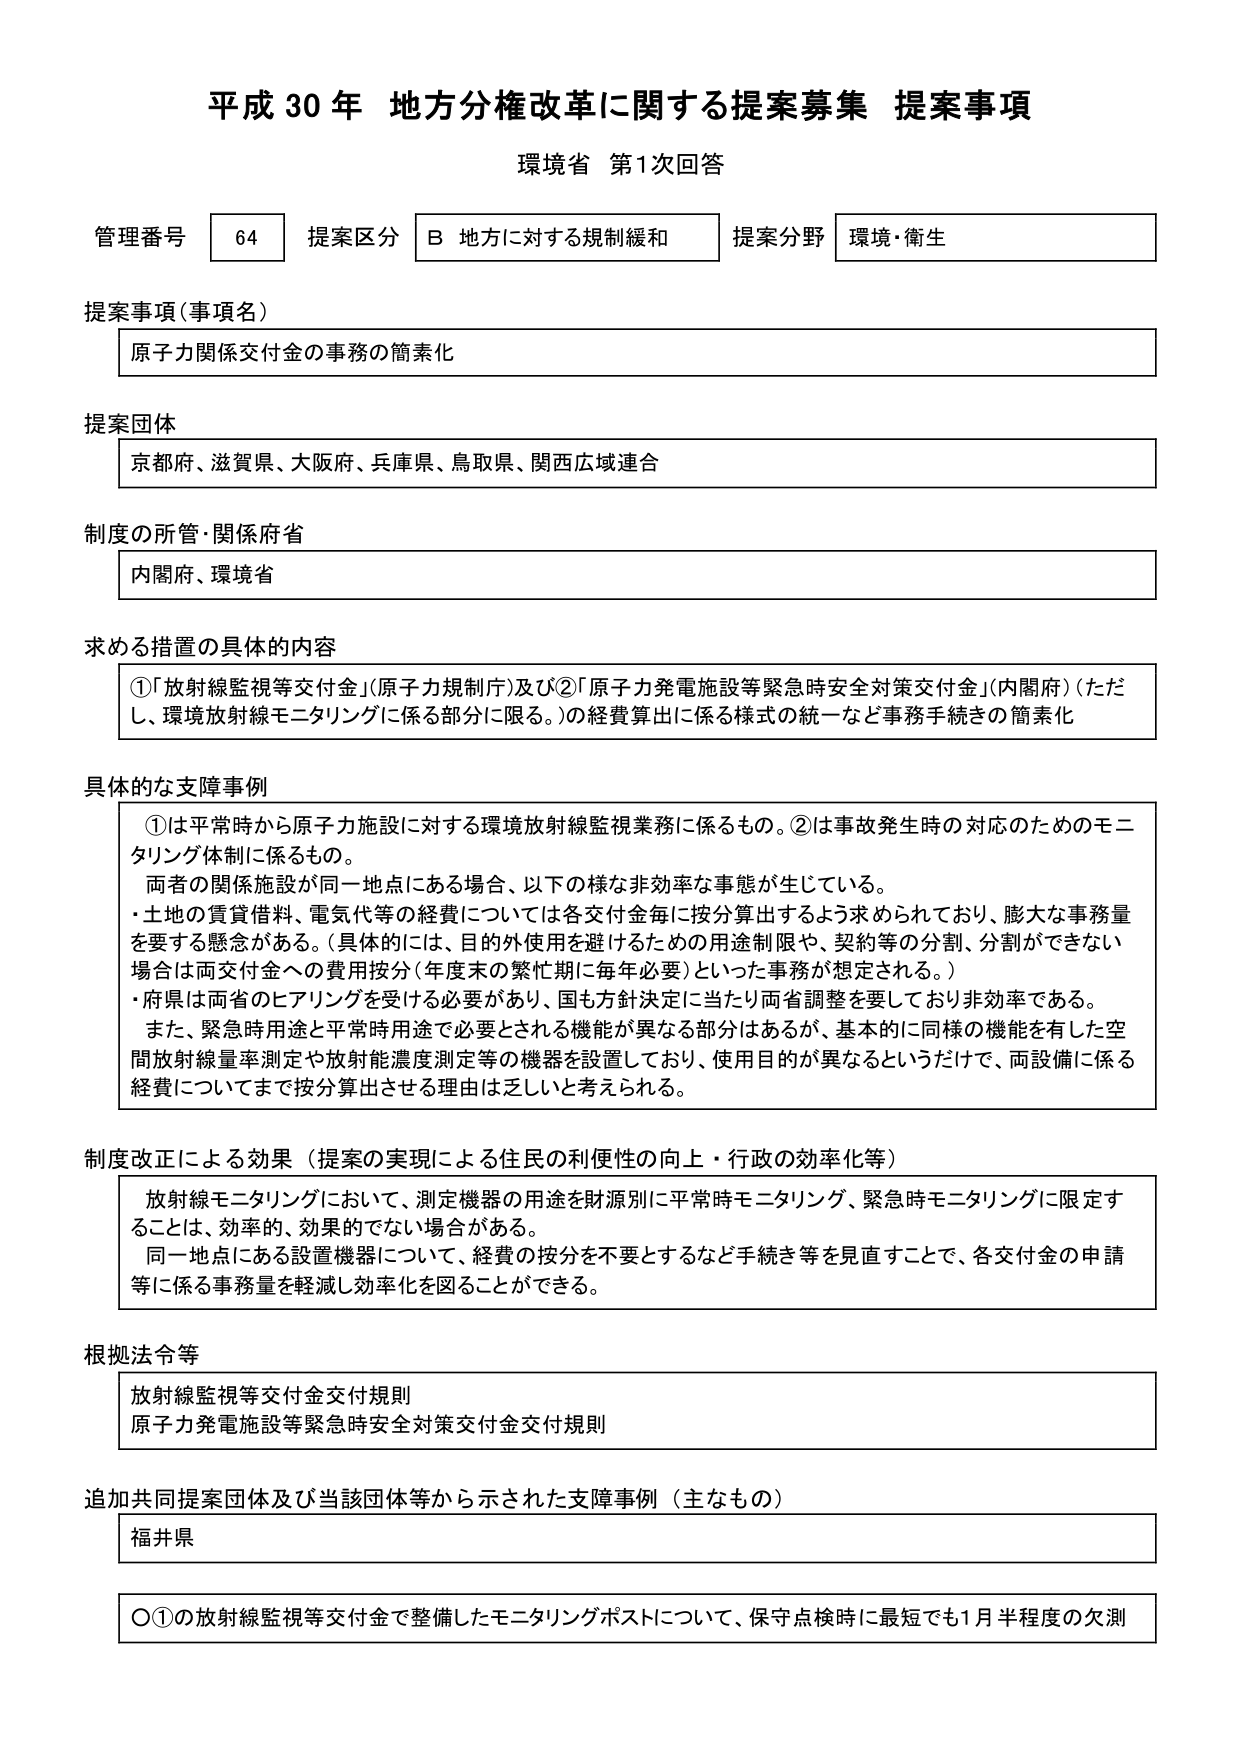
平成30年 地方分権改革に関する提案募集 提案事項
環境省 第1次回答

管理番号 64 提案区分 B 地方に対する規制緩和 提案分野 環境・衛生

提案事項（事項名）
原子力関係交付金の事務の簡素化

提案団体
京都府、滋賀県、大阪府、兵庫県、鳥取県、関西広域連合

制度の所管・関係府省
内閣府、環境省

求める措置の具体的内容
①「放射線監視等交付金」（原子力規制庁）及び②「原子力発電施設等緊急時安全対策交付金」（内閣府）（ただし、環境放射線モニタリングに係る部分に限る。）の経費算出に係る様式の統一など事務手続きの簡素化

具体的な支障事例
①は平常時から原子力施設に対する環境放射線監視業務に係るもの。②は事故発生時の対応のためのモニタリング体制に係るもの。
両者の関係施設が同一地点にある場合、以下の様な非効率な事態が生じている。
・土地の賃貸借料、電気代等の経費については各交付金毎に按分算出するよう求められており、膨大な事務量を要する懸念がある。（具体的には、目的外使用を避けるための用途制限や、契約等の分割、分割ができない場合は両交付金への費用按分（年度末の繁忙期に毎年必要）といった事務が想定される。）
・府県は両省のヒアリングを受ける必要があり、国も方針決定に当たり両省調整を要しており非効率である。
また、緊急時用途と平常時用途で必要とされる機能が異なる部分はあるが、基本的に同様の機能を有した空間放射線量率測定や放射能濃度測定等の機器を設置しており、使用目的が異なるというだけで、両設備に係る経費についてまで按分算出させる理由は乏しいと考えられる。

制度改正による効果（提案の実現による住民の利便性の向上・行政の効率化等）
放射線モニタリングにおいて、測定機器の用途を財源別に平常時モニタリング、緊急時モニタリングに限定することは、効率的、効果的でない場合がある。
同一地点にある設置機器について、経費の按分を不要とするなど手続き等を見直すことで、各交付金の申請等に係る事務量を軽減し効率化を図ることができる。

根拠法令等
放射線監視等交付金交付規則
原子力発電施設等緊急時安全対策交付金交付規則

追加共同提案団体及び当該団体等から示された支障事例（主なもの）
福井県

〇①の放射線監視等交付金で整備したモニタリングポストについて、保守点検時に最短でも1月半程度の欠測